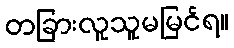
တခြားလူသူမမြင်ရ။